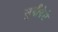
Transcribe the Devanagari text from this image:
जुनीपेरो